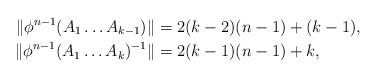
LaTeX: \begin{align*}\|\phi^{n-1}(A_1\dots A_{k-1})\|&=2(k-2)(n-1)+(k-1),\\\|\phi^{n-1}(A_1\dots A_{k})^{-1}\|&=2(k-1)(n-1)+k,\end{align*}